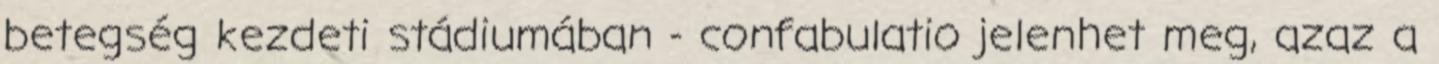
betegség kezdeti stádiumában - confabulatio jelenhet meg, azaz a